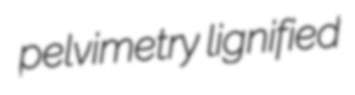
pelvimetry lignified